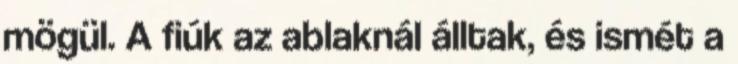
mögül. A fiúk az ablaknál álltak, és ismét a